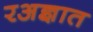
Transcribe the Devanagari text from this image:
रअज्ञात